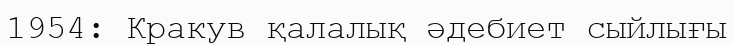
1954: Кракув қалалық әдебиет сыйлығы